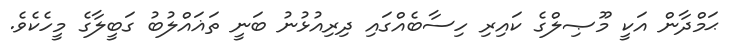
ޙަމްދާން އަކީ މޫޞިލްގެ ކައިރި ހިސާބެއްގައި ދިރިއުޅުނު ބަނީ ތަޣައްލުބު ގަބީލާގެ މީހެކެވެ.